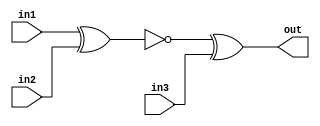
// Exercise 3-1-1-5: Two Gates
module TwoGates (
    input in1,
    input in2,
    input in3,
    output out
);
    // output of XNOR = input of XOR
    wire out1;

    // connection
    assign out1 = ~(in1^in2);
    assign out = out1 ^ in3;
endmodule